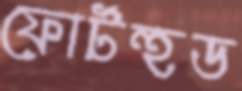
ফোর্টহুড